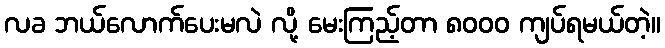
လခ ဘယ်လောက်ပေးမလဲ လို့ မေးကြည့်တာ ၈၀၀၀ ကျပ်ရမယ်တဲ့။